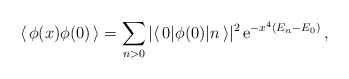
\begin{align*}\langle\, \phi(x) \phi(0) \,\rangle= \sum\limits_{n >0} | \langle\, 0 |\phi(0) | n \,\rangle |^2 \, {\rm e}^{- x^4 (E_n - E_0) } \,,\end{align*}